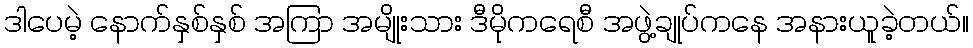
ဒါပေမဲ့ နောက်နှစ်နှစ် အကြာ အမျိုးသား ဒီမိုကရေစီ အဖွဲ့ချုပ်ကနေ အနားယူခဲ့တယ်။